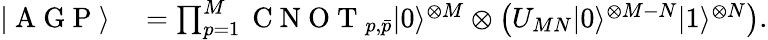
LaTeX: \begin{array}{rl}{|\mathrm{~A~G~P~}\rangle}&{{}=\prod_{p=1}^{M}\mathrm{~C~N~O~T~}_{p,\bar{p}}|0\rangle^{\otimes M}\otimes\left(U_{MN}|0\rangle^{\otimes M-N}|1\rangle^{\otimes N}\right).}\end{array}